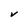
Character: V